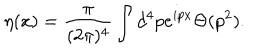
LaTeX: \eta ( x ) = { \frac { \pi } { ( 2 \pi ) ^ { 4 } } } \int d ^ { 4 } p e ^ { i p x } \Theta ( p ^ { 2 } ) . \nonumber